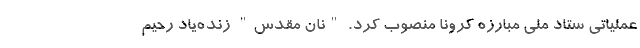
عملیاتی ستاد ملی مبارزه کرونا منصوب کرد. "نان مقدس" زنده‌یاد رحیم